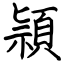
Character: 頴